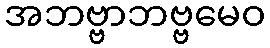
အဘဗ္ဗာဘဗ္ဗမေဝ